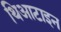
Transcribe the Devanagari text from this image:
थिआटाइन